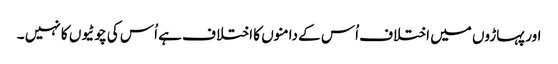
اور پہاڑوں میں اختلاف اُس کے دامنوں کا اختلا ف ہے اُس کی چوٹیوں کا نہیں ۔